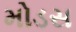
મોડસ